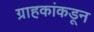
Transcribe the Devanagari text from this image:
ग्राहकांकडून